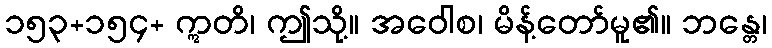
၁၅၃+၁၅၄+ ဣတိ၊ ဤသို့။ အဝေါစ၊ မိန့်တော်မူ၏။ ဘန္တေ၊